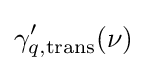
\gamma _{q,{\rm {trans}}}^{\prime }(\nu )